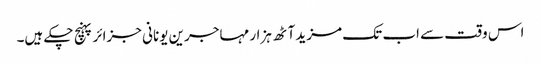
اس وقت سے اب تک ‌مزید آٹھ ہزار مہاجرین یونانی جزائر پہنچ چکے ہیں۔